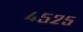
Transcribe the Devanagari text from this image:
४५२५